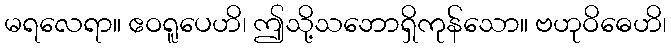
မရလေရာ။ ဧဝရူပေဟိ၊ ဤသို့သဘောရှိကုန်သော။ ဗဟုဝိဓေဟိ၊